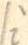
/i